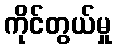
ကိုင်တွယ်မှု